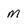
Character: M